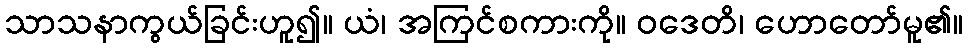
သာသနာကွယ်ခြင်းဟူ၍။ ယံ၊ အကြင်စကားကို။ ဝဒေတိ၊ ဟောတော်မူ၏။